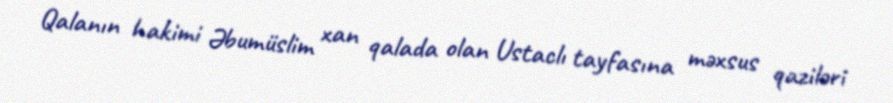
Qalanın hakimi Əbumüslim xan qalada olan Ustaclı tayfasına məxsus qaziləri